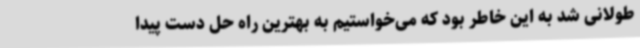
طولانی شد به این خاطر بود که می‌خواستیم به بهترین راه حل دست پیدا